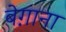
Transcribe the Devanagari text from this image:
बेग़ाना